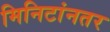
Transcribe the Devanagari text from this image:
मिनिटांनतर